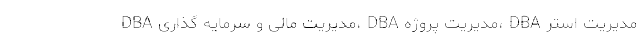
DBA مدیریت مالی و سرمایه گذاری، DBA مدیریت پروژه، DBA مدیریت استر